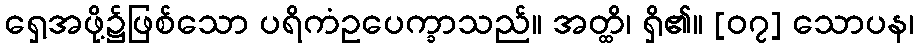
ရှေ့အဖို့၌ဖြစ်သော ပရိကံဥပေက္ခာသည်။ အတ္ထိ၊ ရှိ၏။ [၀၇] သောပန၊